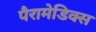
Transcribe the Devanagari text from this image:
पैरामेडिक्स